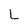
Character: L